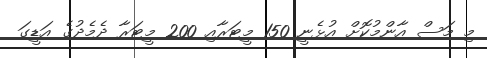
މި މަސް އާންމުކޮށް އުޅެނީ 150 މީޓަރާއި 200 މީޓަރާ ދެމެދުގެ އަޑީގަ